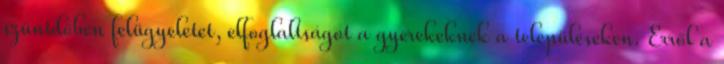
szünidőben felügyeletet, elfoglaltságot a gyerekeknek a településeken. Erről a